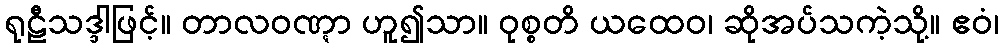
ရုဠီသဒ္ဒါဖြင့်။ တာလဝဏ္ဋာ ဟူ၍သာ။ ဝုစ္စတိ ယထေဝ၊ ဆိုအပ်သကဲ့သို့။ ဧဝံ၊